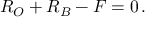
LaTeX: R _ { O } + R _ { B } - F = 0 \, .